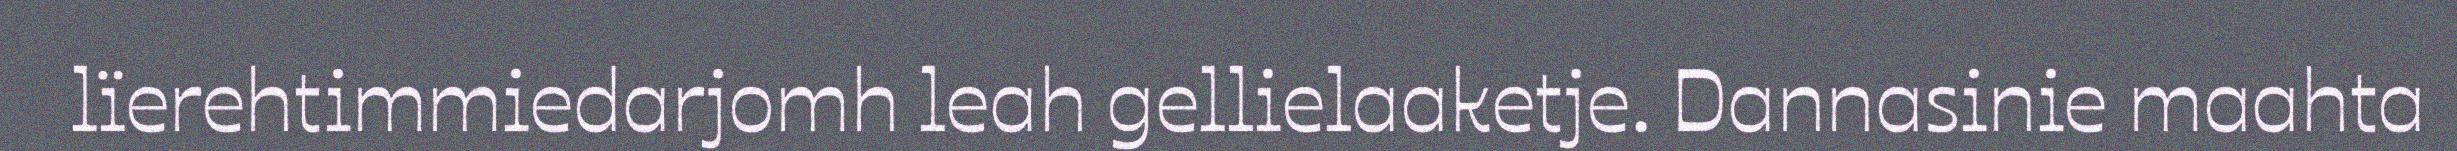
lïerehtimmiedarjomh leah gellielaaketje. Dannasinie maahta